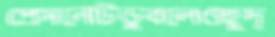
প্রেসনোটডুবলেওহূদ্